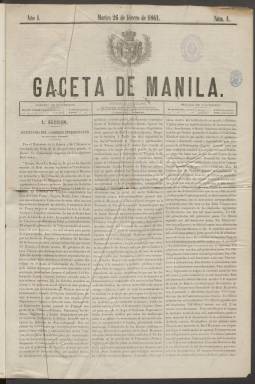
Título: Gaceta de Manila
Colección: Periódicos
Ámbito geográfico: Filipinas
Lugar de publicación: Manila
Fechas: 26/02/1861-21/04/1898